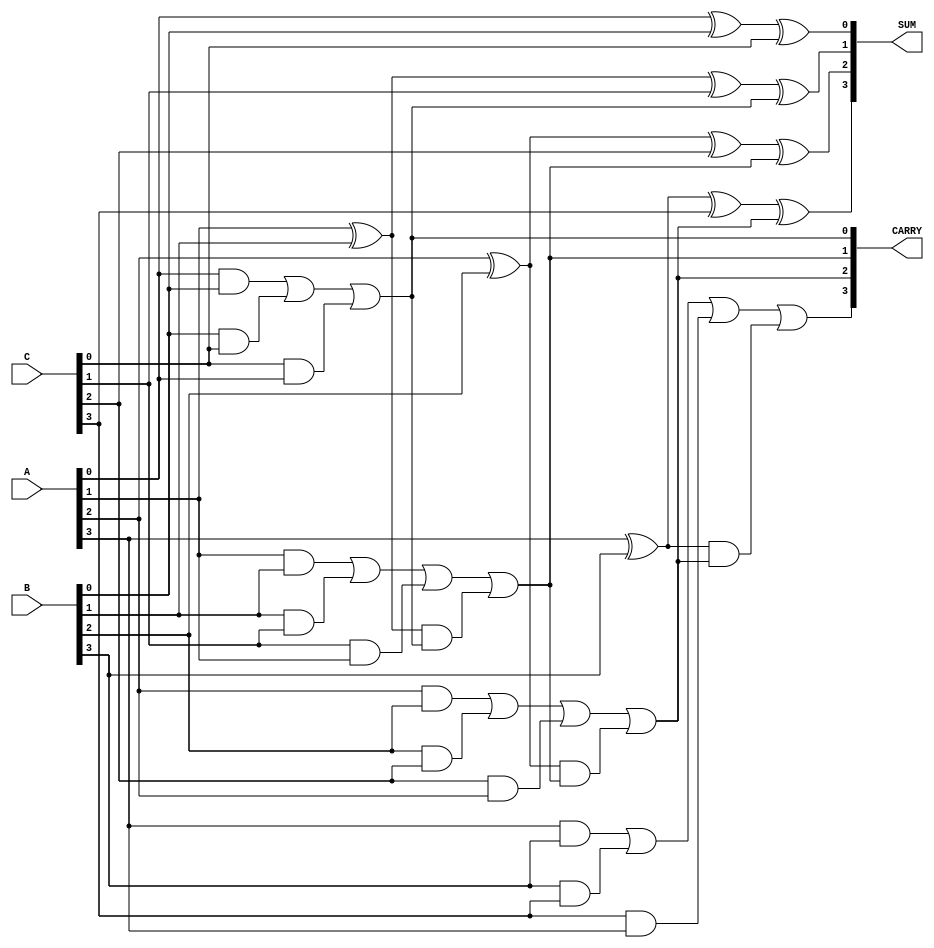
module CarrySaveAdder #(
    parameter WIDTH = 4, // Bit-width of the operands
    parameter NUM_INPUTS = 3 // Number of input operands
)(
    input  [WIDTH-1:0] A, // First operand
    input  [WIDTH-1:0] B, // Second operand
    input  [WIDTH-1:0] C, // Third operand
    output [WIDTH-1:0] SUM, // Sum output
    output [WIDTH-1:0] CARRY // Carry output
);

    // Internal wires for the sum and carry outputs of the full adders
    wire [WIDTH-1:0] sum_temp [0:NUM_INPUTS-1];
    wire [WIDTH-1:0] carry_temp [0:NUM_INPUTS-1];

    // Generate Full Adders for each bit position
    genvar i;
    generate
        for (i = 0; i < WIDTH; i = i + 1) begin : CSA
            // Full Adder for three inputs (A, B, C)
            if (i == 0) begin
                // For the least significant bit, we can use a Half Adder
                assign sum_temp[0][i] = A[i] ^ B[i] ^ C[i]; // Sum
                assign carry_temp[0][i] = (A[i] & B[i]) | (B[i] & C[i]) | (C[i] & A[i]); // Carry
            end else begin
                // Full Adder for subsequent bits
                assign sum_temp[0][i] = A[i] ^ B[i] ^ C[i] ^ carry_temp[0][i-1]; // Sum
                assign carry_temp[0][i] = (A[i] & B[i]) | (B[i] & C[i]) | (C[i] & A[i]) | ((A[i] ^ B[i]) & carry_temp[0][i-1]); // Carry
            end
        end
    endgenerate

    // Final outputs
    assign SUM = sum_temp[0];
    assign CARRY = carry_temp[0];

endmodule